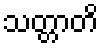
သတ္တာတိ